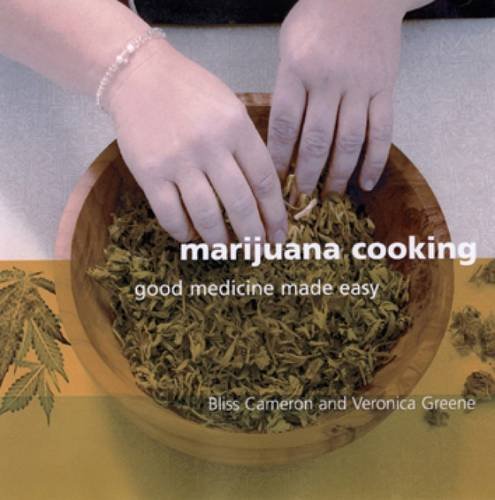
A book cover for Marijuana Cooking: Good Medicine Made Easy; Bliss Cameron; Cookbooks, Food & Wine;